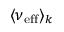
\langle \nu _ { \mathrm { e f f } } \rangle _ { k }